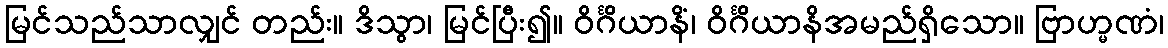
မြင်သည်သာလျှင် တည်း။ ဒိသွာ၊ မြင်ပြီး၍။ ဝိင်္ဂိယာနိံ၊ ဝိင်္ဂိယာနိအမည်ရှိသော။ ဗြာဟ္မဏံ၊